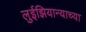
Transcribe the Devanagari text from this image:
लुईझियान्याच्या